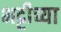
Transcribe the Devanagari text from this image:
भट्टीच्या